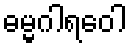
ဓမ္မဂါရဝေါ